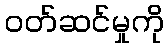
ဝတ်ဆင်မှုကို